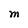
Character: M